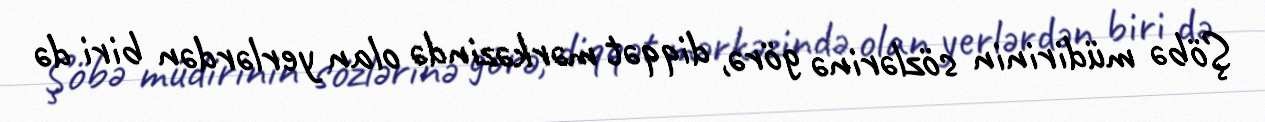
Şöbə müdirinin sözlərinə görə, diqqət mərkəzində olan yerlərdən biri də